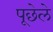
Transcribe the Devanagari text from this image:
पूछेले